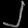
Digit: ၂